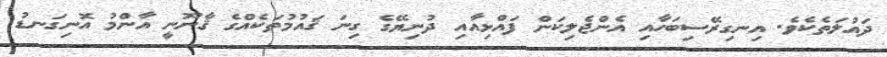
ދައުލަތެކެވެ. އިނގިރޭސިބަހާއި އެންޖެލިކަން ފައްޅިއާއި ދުނިޔޭގެ ގިނަ ޤައުމުތަކެއްގެ ޤާނޫނީ އާންމު އޮނިގަނޑު